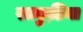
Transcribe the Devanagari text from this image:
रतकुडि़या